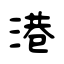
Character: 港